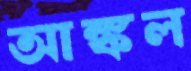
আঙ্কল